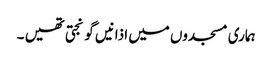
ہماری مسجدوں میں اذانیں گونجتی تھیں ۔